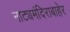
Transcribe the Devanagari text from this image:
नाट्यमंदिराबाहेर